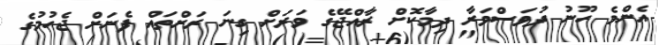
އެންމެ ހޫނު ދުވަސްވަރާ ދިމާކޮށް ރާއްޖޭގެ ވަރަށް ގިނަ ރަށްތައް ފެނަށް ޖެހުމުގެ